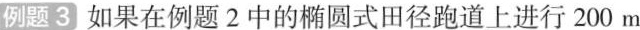
例题3 如果在例题2中的椭圆式田径跑道上进行200m